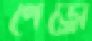
পেড্রো